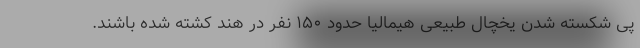
پی شکسته شدن یخچال طبیعی هیمالیا حدود ۱۵۰ نفر در هند کشته شده باشند.